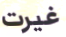
غيرت